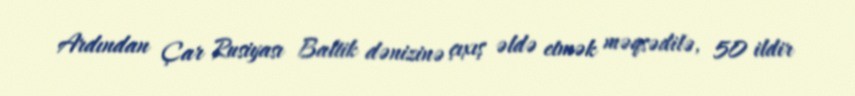
Ardından Çar Rusiyası Baltik dənizinə çıxış əldə etmək məqsədilə, 50 ildir